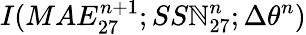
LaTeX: I(MAE_{27}^{n+1};SS\mathbb{N}_{27}^{n};\Delta\theta^{n})